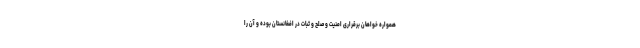
همواره خواهان برقراری امنیت و صلح و ثبات در افغانستان بوده و آن را